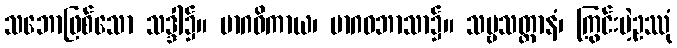
သဘောဖြစ်သော သဒ္ဒါ၌။ မာဂဓိကာယ၊ မာဂဓဘာသာ၌။ သဗ္ဗသတ္တာနံ၊ ကြွင်းမဲ့ဥဿုံ